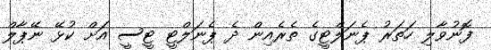
ފޮނުވާލި ހަތަރު ޕެނަލްޓީގެ ތެރެއިން ދެ ޕެނަލްޓީ ޓީސީ އަށް ކުޅޭ ނޭޕާލް